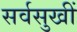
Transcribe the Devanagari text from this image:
सर्वसुखीं